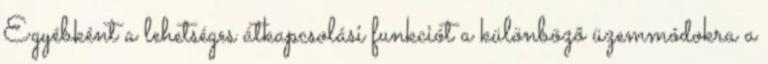
Egyébként a lehetséges átkapcsolási funkciót a különbözõ üzemmódokra a